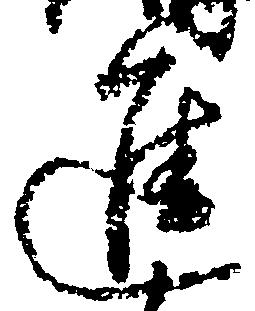
進